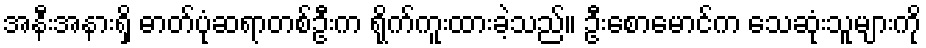
အနီးအနားရှိ ဓာတ်ပုံဆရာတစ်ဦးက ရိုက်ကူးထားခဲ့သည်။ ဦးစောမောင်က သေဆုံးသူများကို